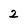
Character: 2